Report on sanitation, dispensaries, and jails in Rajputana for 1913, and on vaccination for the year 1913-1914 - 1913-1914
Year: 1913
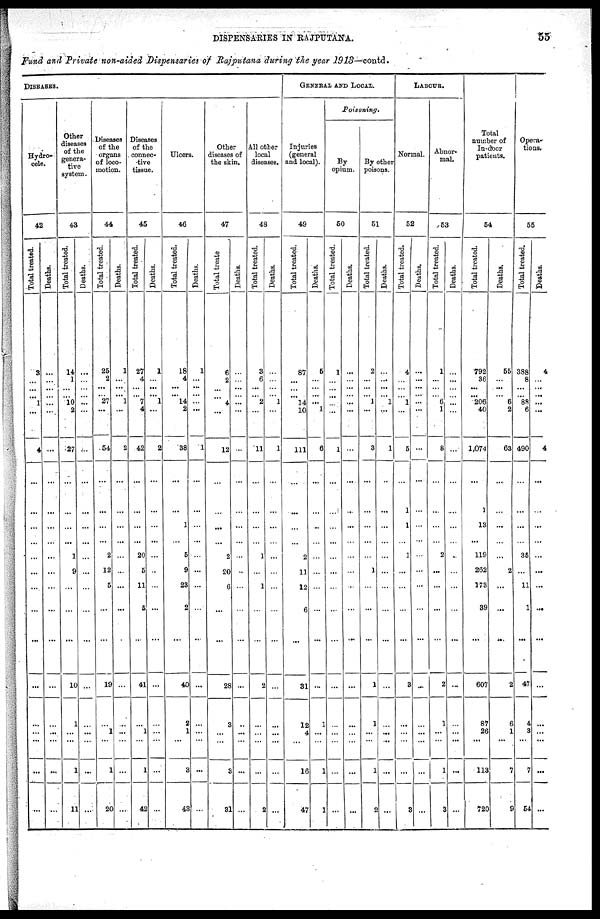
DISPENSARIES IN RAJPUTANA.
55
Fund and Private non-aided Dispensaries of Rajputana during the year 1913—contd.
DISEASES.
Hydro¬
cele.
42
Total treated.
3
...
...
... 1
...
4
...
...
...
...
...
...
...
...
...
...
...
...
...
...
...
Deaths.
...
...
...
... ...
...
...
...
...
...
...
...
...
...
...
...
...
...
...
...
...
...
Other
diseases
of the
genera-
tive
system.
43
Total treated.
14
1
...
... 10
2
27
...
...
...
...
1
9
...
...
...
10
1
...
...
1
11
Deaths.
...
...
...
... ...
...
...
...
...
...
...
...
...
...
...
...
...
...
...
...
...
...
Diseases
of the
organs
of loco¬
motion.
44
Total treated.
25
2
...
... 27
...
54
...
...
...
...
2
12
5
...
...
19
...
1
...
1
20
Deaths.
1
...
...
... 1
...
2
...
...
...
...
...
...
...
...
...
...
...
...
...
...
...
Diseases
of the
connec-
tive
tissue.
45
Total treated.
27
4
...
... 7
4
42
...
...
...
...
20
5
11
5
...
41
...
1
...
1
42
Deaths.
1
...
...
... 1
...
2
...
...
...
...
...
...
...
...
...
...
...
...
...
...
...
Ulcers.
46
Total treated.
18
4
...
... 14
2
38
...
...
1
...
5
9
28
2
...
40
2
1
...
3
43
Deaths.
1
...
...
... ...
...
1
...
...
...
...
...
...
...
...
...
...
...
...
...
...
...
Other
diseases of
the skin.
47
Total treate
6
2
...
... 4
...
12
...
...
...
...
2
20
6
...
...
28
3
...
...
3
31
Deaths.
...
...
...
... ...
...
...
...
...
...
...
...
...
...
...
...
...
...
...
...
...
...
All other
local
diseases.
48
Total treated.
3
6
...
... 2
...
11
...
...
...
...
1
...
1
...
...
2
...
...
...
...
2
Deaths.
...
...
...
... 1
...
1
...
...
...
...
...
...
...
...
...
...
...
...
...
...
...
GENERAL AND LOCAL.
Injuries
(general
and local).
49
Total treated.
87
...
...
... 14
10
111
...
...
...
...
2
11
12
6
...
31
12
4
...
16
47
Deaths.
5
...
...
... ...
1
6
...
...
..
...
...
...
...
...
...
...
1
...
...
1
1
Poisoning.
By
opium.
50
Total treated.
1
...
...
... ...
...
1
...
...
...
...
...
...
...
...
...
...
...
...
...
...
...
Deaths.
...
...
...
... ...
...
...
...
...
...
...
...
...
...
...
...
...
...
...
...
...
By other
poisons.
51
Total treated.
2
...
...
... 1
...
8
...
...
...
...
...
1
...
...
...
1
1
...
...
1
2
Deaths.
...
...
...
... 1
...
1
..
...
...
...
...
...
...
...
...
...
...
...
...
...
...
LABOUR.
Normal.
52
Total treated.
4
...
...
... 1
...
5
...
1
1
...
1
...
...
...
...
3
...
...
...
...
3
Deaths.
...
...
...
... ...
...
...
...
...
...
...
...
...
...
...
...
...
...
...
...
...
...
Abnor-
mal.
53
Total treated.
1
...
...
... 6
1
8
...
...
...
...
2
...
...
...
...
2
1
...
...
1
3
Deaths.
...
...
...
... ...
...
...
...
...
...
...
...
...
...
...
...
...
...
...
...
...
...
Total
number of
In-door
patients.
54
Total treated.
792
36
...
... 206
40
1,074
...
1
13
...
119
262
178
39
...
607
87
26
...
113
720
Deaths.
55
...
...
... 6
2
63
...
...
...
...
...
2
...
...
...
2
6
1
...
7
9
Opera¬
tions.
55
Total treated.
388
8
...
... 88
6
490
...
...
...
...
35
...
11
1
...
47
4
3
...
7
54
Deaths.
4
...
...
... ...
...
4
...
...
...
...
...
...
...
...
...
...
...
...
...
...
...